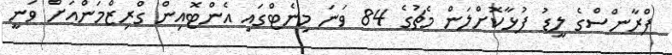
ފްރާންސްގެ ލީޑު ފުޅާކޮށްލަން މެޗުގެ 84 ވަނަ މިނެޓްގައި އެންޓޮއިން ގްރިޒްމަންއަށް ވަނީ